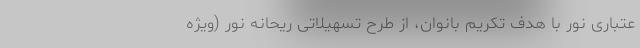
عتباری نور با هدف تکریم بانوان، از طرح تسهیلاتی ریحانه نور (ویژه